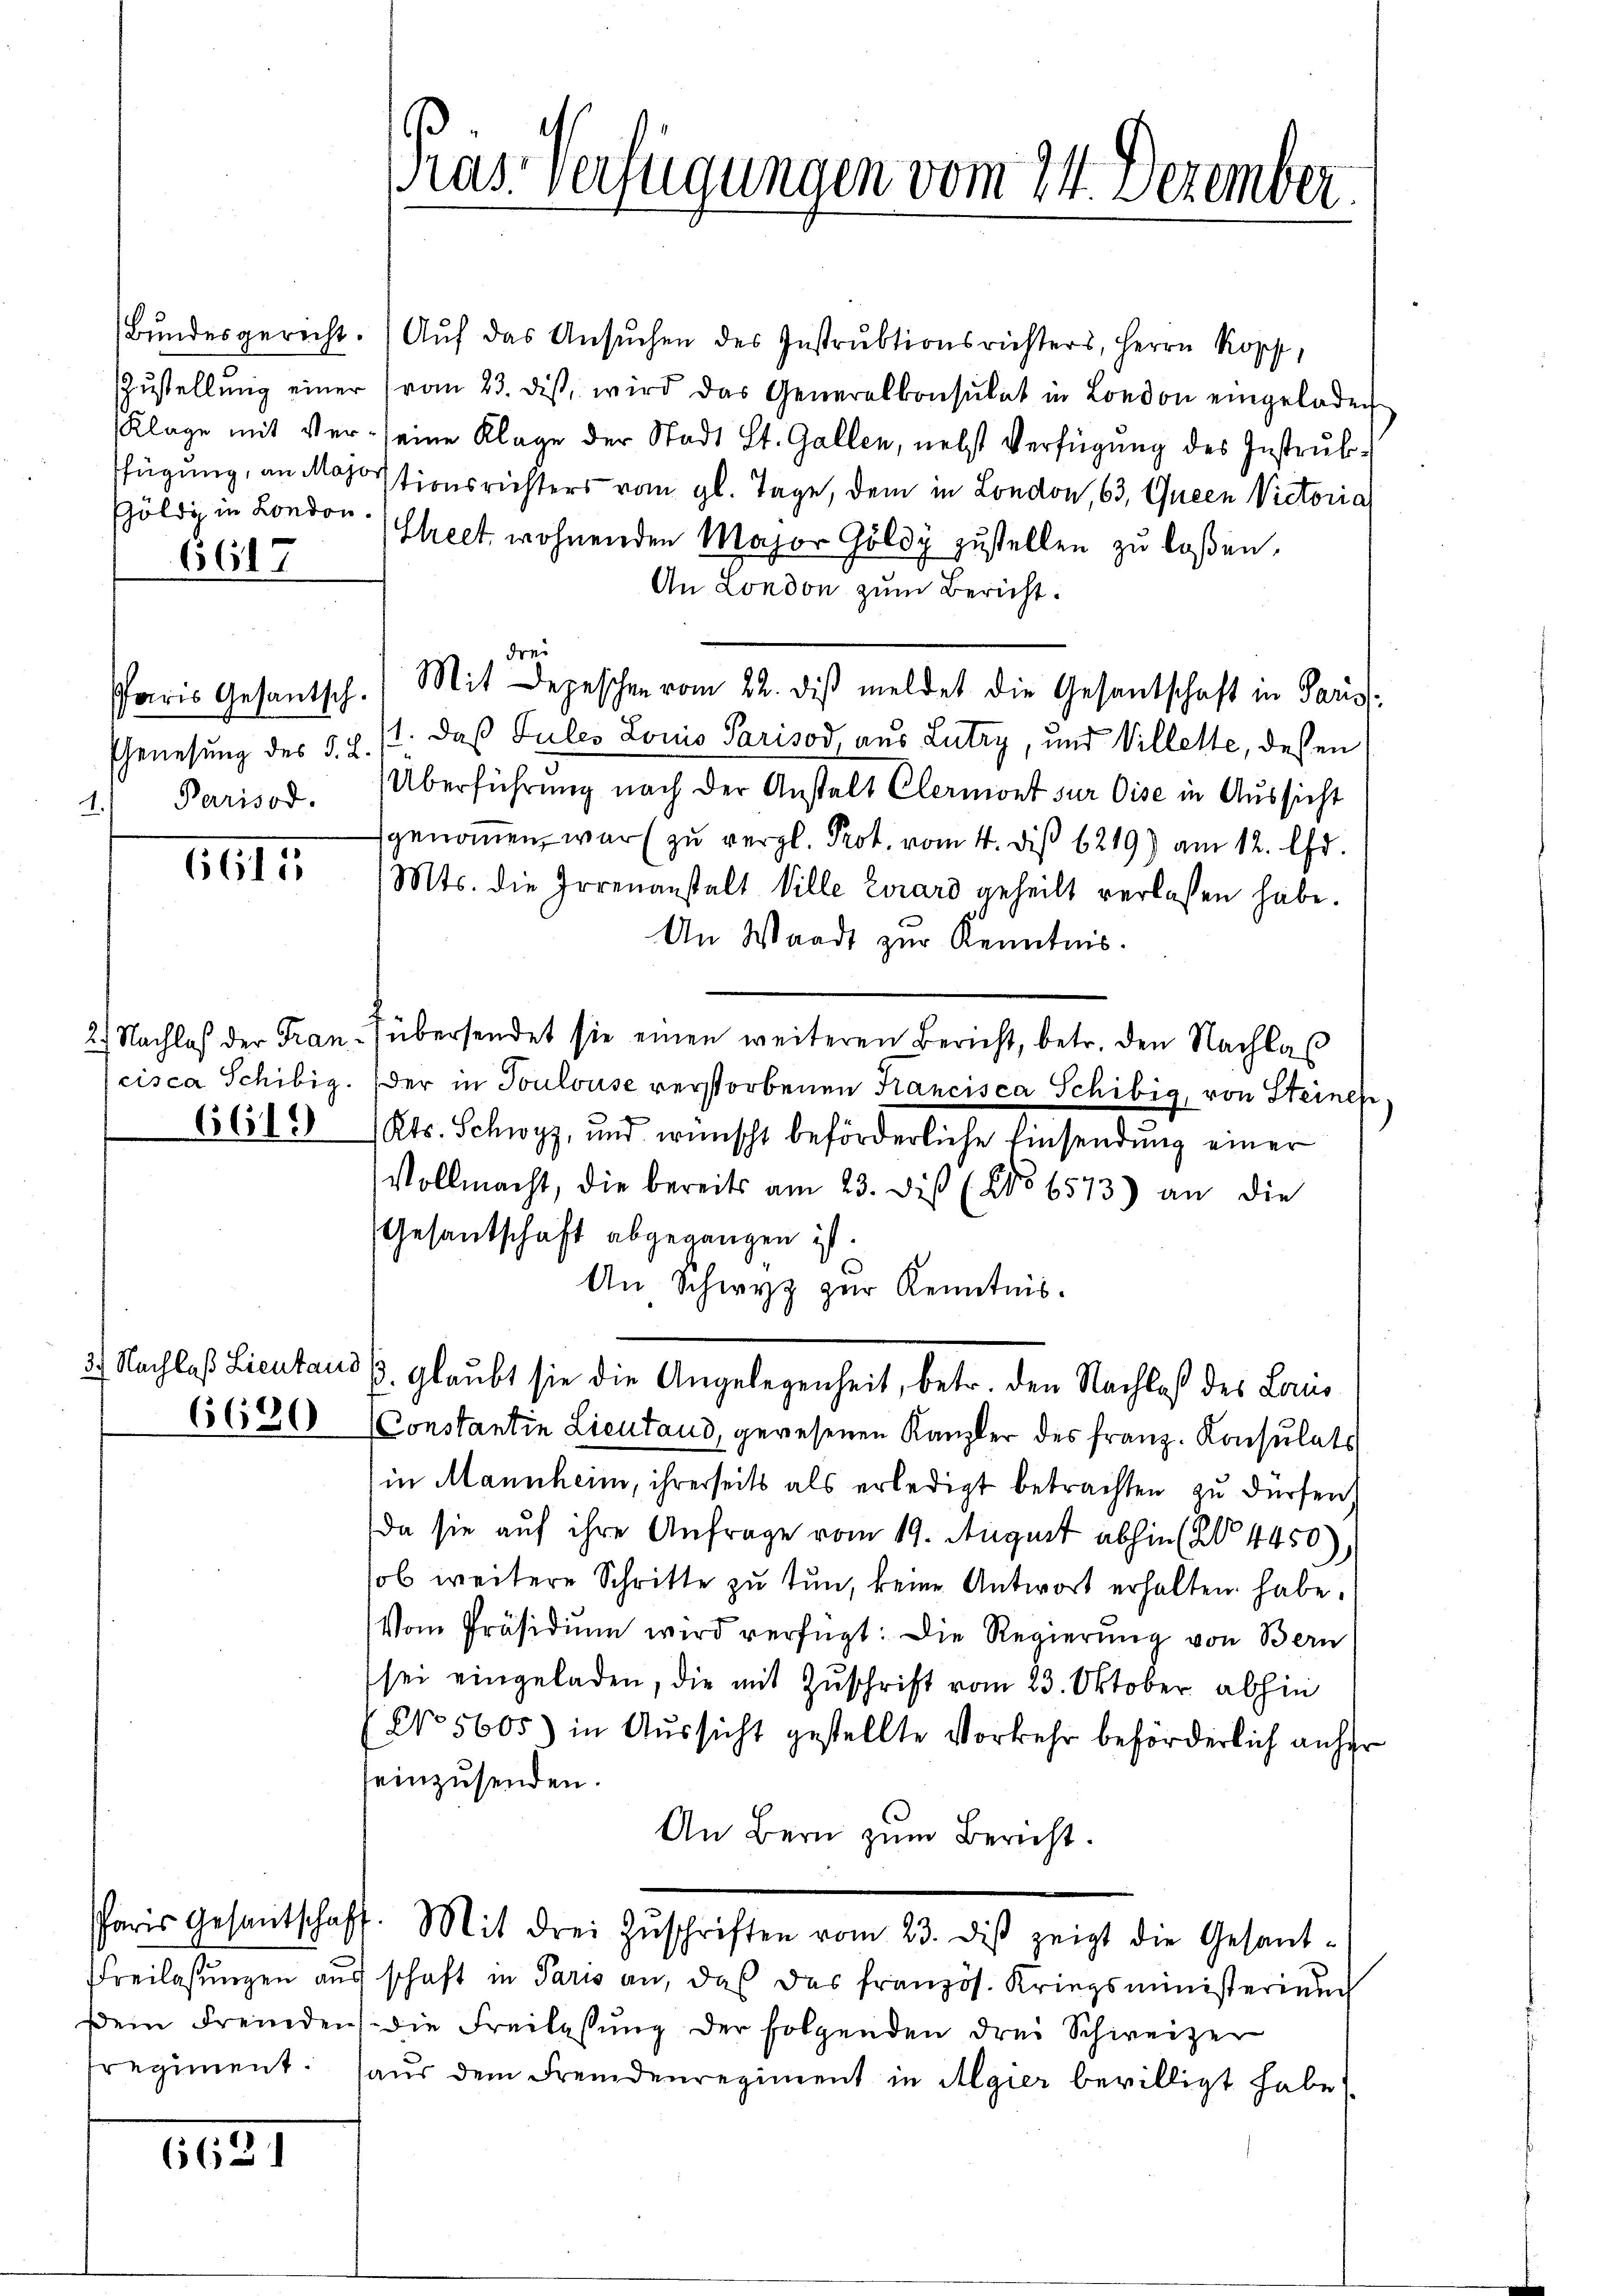
Ghöldi in London.

6617

Paris Gesantsch.

1615

.

662

Bŭndesgericht. Aŭf das Ansŭchen des Instrŭktionsrichters, Herrn Kopf,
Zŭstellŭng einer (vom 23. diβ wird das Generalkonsulat in London eingeladen
Klage mit Ver- seine Klage der Stadt St. Gallen, nebst Verfügung des Instrubfügung, an Mohortionsrichters vom gl. Tage, dem in London, 63, Queen Victoria
Shelt wohnenden Major Goldy zustellen zu laßen.
An London zum Bericht.
Genesung des §. 2. 11. daß Pules Louis Parisod, aus Lutry, und Villette, dessen
1.) Parisod. Überführung nach der Anstalt Clermont sur Oise in Aussicht
genommen war (zu vergl. Prot. vom 4. diß 6219) am 12. Chr.
Mts. die Irrenanstalt Ville Girard geheilt verlassen habe.
An Waadt zur Kenntnis.
2) Nachlaß der Fran- übersendet sie einen weiteren Bericht, betr. den Nachlaβ
cisca Schibig. Der in Toulouse verstorbenen Kancisca Schibig, von Steinen
6613 (Kts. Schwyz, und wünscht beförderliche Einsendung einer
Vollmacht, die bereits am 23. diß (No 6573) an die
Gesantschaft abgegangen ist.
An Schwyz zur Kenntnis.
Nachlaß Lieutand 1. glaubt sie die Angelegenheit, betr. den Nachlaß des Lauis
6600 Constantin Lieutaus gewesenen Kanzler des franz. Konsulats
in Mannheim, ihrerseits als erledigt betrachten zu dürfen,
da sie auf ihre Anfrage vom 19. August abhin (§ 4450),
sol weitere Schritte zu tun, keine Antwort erhalten habe.
Vom Präsidiŭm wird verfügt: Die Regierung von Bern
sei eingeladen, die mit Zuschrift vom 23. Oktober abhin
(No 5605) in Aussicht gestellte Vorkehr beförderlich anher
einzusenden.
An Bern zum Bericht.
Paris Gesantschaft. Mit drei Zŭschriften vom 23. diβ zeigt die Gesant-
Freilassungen aus schaft in Paris an, das das französ. Kriegsministerium
sein Fremden die Freilassŭng der folgenden drei Schweizer
tregiment. Haŭs dem Fremdenregiment in Algier bewilligt habe.

ras Verfügungen vom 24. Dezember.

drei

Mit Depeschen vom 22. diβ meldet die Gesantschaft in Paris